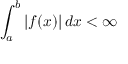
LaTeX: \int _ { a } ^ { b } | f ( x ) | \, d x < \infty